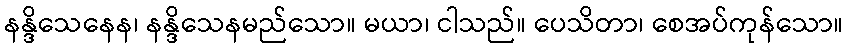
နန္ဒိသေနေန၊ နန္ဒိသေနမည်သော။ မယာ၊ ငါသည်။ ပေသိတာ၊ စေအပ်ကုန်သော။